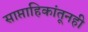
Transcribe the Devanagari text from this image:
साप्ताहिकांतूनही